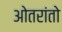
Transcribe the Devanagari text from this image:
ओतरांतो